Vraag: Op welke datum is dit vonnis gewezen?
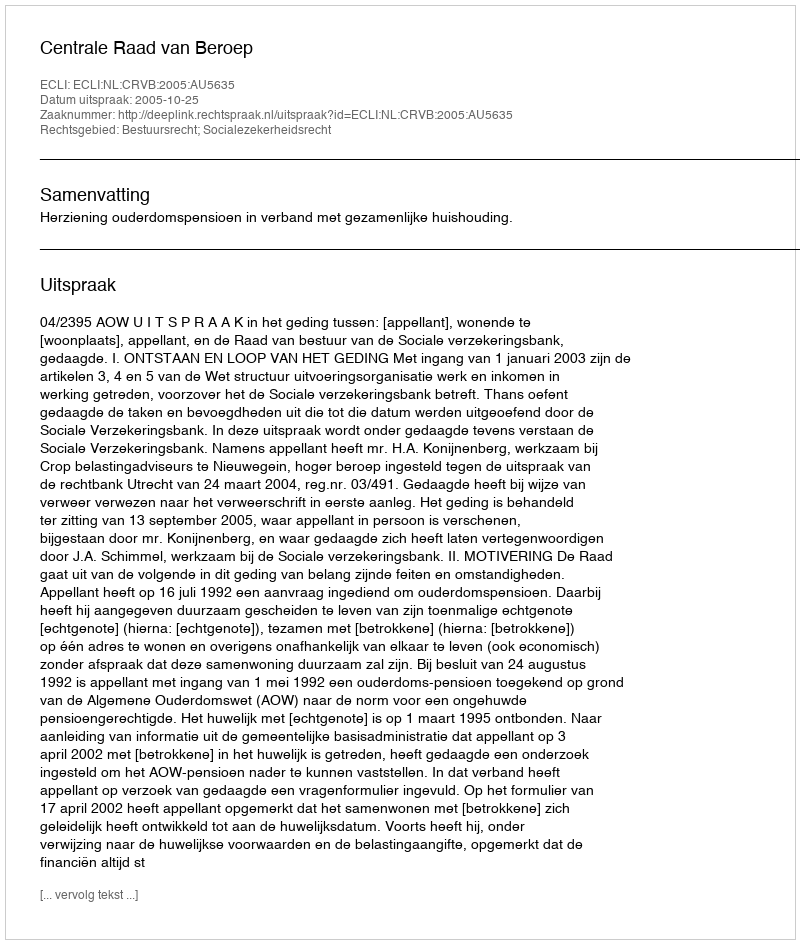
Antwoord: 2005-10-25